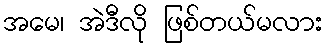
အမေ၊ အဲဒီလို ဖြစ်တယ်မလား